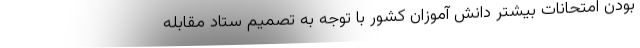
بودن امتحانات بیشتر دانش آموزان کشور با توجه به تصمیم ستاد مقابله